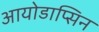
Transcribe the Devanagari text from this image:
आयोडाप्सिन